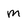
Character: M